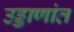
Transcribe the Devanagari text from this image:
उड्डाणांत